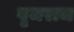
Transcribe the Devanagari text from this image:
वृजराज